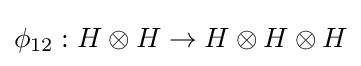
\phi _{12}:H\otimes H\to H\otimes H\otimes H